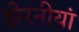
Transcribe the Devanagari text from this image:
झेरनीयां